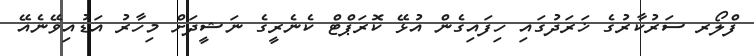
ފްލޯރ ސަރުކާރުގެ ޚަރަދުގައި ހިފައިގެން އުޅޭ ކޮރަޕްޓް ކެނެރީގެ ނަޝީދަށް މިހާރު އަޑުއިވޭނެއޭ